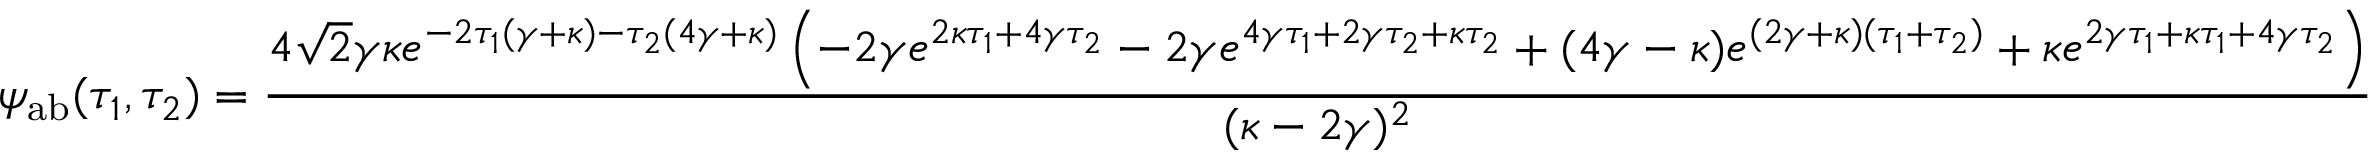
\psi _ { \mathrm { a b } } ( \tau _ { 1 } , \tau _ { 2 } ) = \frac { 4 \sqrt { 2 } \gamma \kappa e ^ { - 2 \tau _ { 1 } ( \gamma + \kappa ) - \tau _ { 2 } ( 4 \gamma + \kappa ) } \left( - 2 \gamma e ^ { 2 \kappa \tau _ { 1 } + 4 \gamma \tau _ { 2 } } - 2 \gamma e ^ { 4 \gamma \tau _ { 1 } + 2 \gamma \tau _ { 2 } + \kappa \tau _ { 2 } } + ( 4 \gamma - \kappa ) e ^ { ( 2 \gamma + \kappa ) ( \tau _ { 1 } + \tau _ { 2 } ) } + \kappa e ^ { 2 \gamma \tau _ { 1 } + \kappa \tau _ { 1 } + 4 \gamma \tau _ { 2 } } \right) } { ( \kappa - 2 \gamma ) ^ { 2 } }